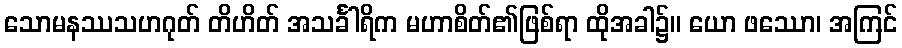
သောမနဿသဟဂုတ် တိဟိတ် အသင်္ခါရိက မဟာစိတ်၏ဖြစ်ရာ ထိုအခါ၌။ ယော ဖဿော၊ အကြင်